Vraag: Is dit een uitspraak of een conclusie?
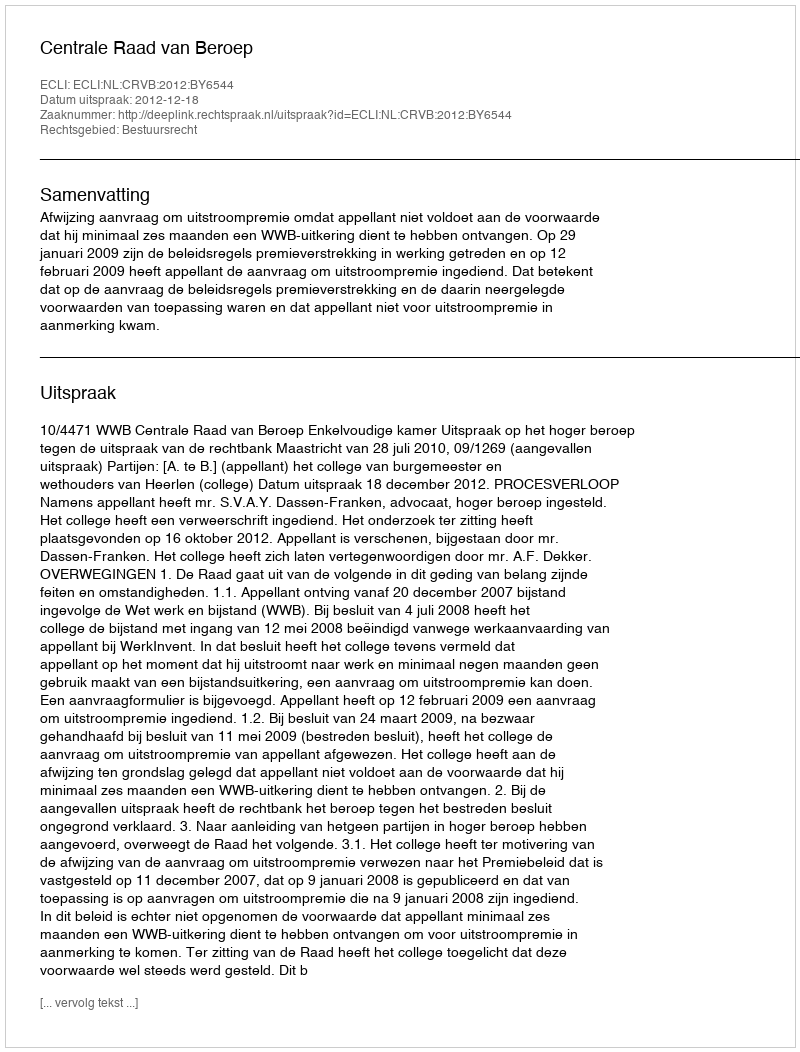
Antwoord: Uitspraak